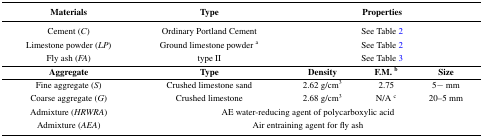
| Materials | Type | <COLSPAN=3> Properties |
 | --- | --- | --- | --- | --- |
 | Cement (C) | Ordinary Portland Cement | <COLSPAN=3> See Table 2 |
 | Limestone powder (LP) | Ground limestone powder a | <COLSPAN=3> See Table 2 |
 | Fly ash (FA) | type II | <COLSPAN=3> See Table 3 |
 | Aggregate | Type | Density | F.M. b | Size |
 | Fine aggregate (S) | Crushed limestone sand | 2.62 g/cm3 | 2.75 | 5− mm |
 | Coarse aggregate (G) | Crushed limestone | 2.68 g/cm3 | N/A c | 20–5 mm |
 | Admixture (HRWRA) | <COLSPAN=4> AE water-reducing agent of polycarboxylic acid |
 | Admixture (AEA) | <COLSPAN=4> Air entraining agent for fly ash |